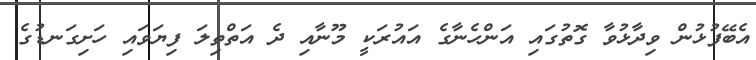
އެބޭފުޅުން ވިދާޅުވާ ގޮތުގައި އަންހެނާގެ އައުރަކީ މޫނާއި ދެ އަތްތިލަ ފިޔަވައި ހަށިގަނޑުގެ